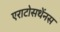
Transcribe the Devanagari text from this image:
एराटोसथेंनस